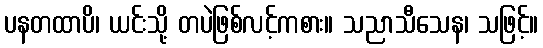
ပနတထာပိ၊ ယင်းသို့ တပဲဖြစ်လင့်ကစား။ သညာသီသေန၊ သဖြင့်။